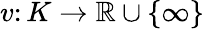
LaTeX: v\colon K\to\mathbb{R}\cup\{ \infty\}